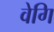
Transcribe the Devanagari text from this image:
वेगि